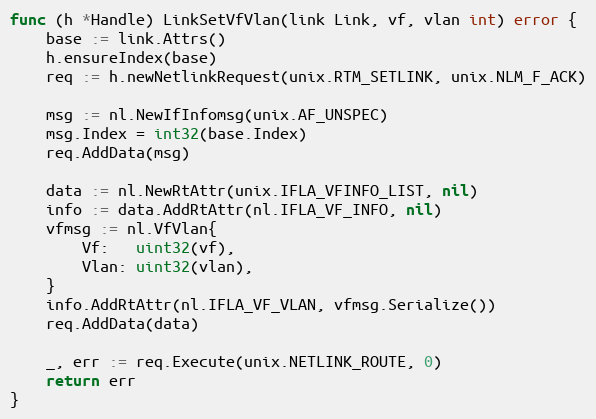
Language: Go
func (h *Handle) LinkSetVfVlan(link Link, vf, vlan int) error {
	base := link.Attrs()
	h.ensureIndex(base)
	req := h.newNetlinkRequest(unix.RTM_SETLINK, unix.NLM_F_ACK)

	msg := nl.NewIfInfomsg(unix.AF_UNSPEC)
	msg.Index = int32(base.Index)
	req.AddData(msg)

	data := nl.NewRtAttr(unix.IFLA_VFINFO_LIST, nil)
	info := data.AddRtAttr(nl.IFLA_VF_INFO, nil)
	vfmsg := nl.VfVlan{
		Vf:   uint32(vf),
		Vlan: uint32(vlan),
	}
	info.AddRtAttr(nl.IFLA_VF_VLAN, vfmsg.Serialize())
	req.AddData(data)

	_, err := req.Execute(unix.NETLINK_ROUTE, 0)
	return err
}